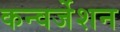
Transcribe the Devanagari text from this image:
कन्वर्जेशन